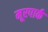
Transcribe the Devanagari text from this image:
मूरपार्क